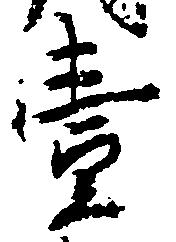
壱